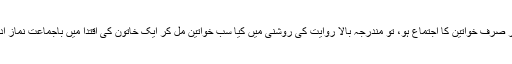
اگر کسی مقام پر صرف خواتین کا اجتماع ہو، تو مندرجہ بالا روایت کی روشنی میں کیا سب خواتین مل کر ایک خاتون کی اقتدا میں باجماعت نماز ادا کر سکتی ہیں؟